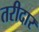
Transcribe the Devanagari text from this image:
तरीदार